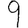
Digit: 9